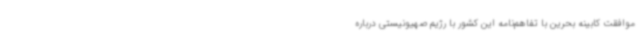
موافقت کابینه بحرین با تفاهم‌نامه این کشور با رژیم صهیونیستی درباره